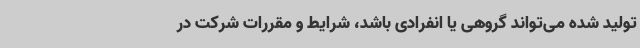
تولید شده می‌تواند گروهی یا انفرادی باشد، شرایط و مقررات شرکت در